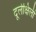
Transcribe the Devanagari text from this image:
दूर्लक्षिली